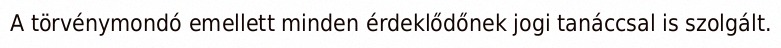
A törvénymondó emellett minden érdeklődőnek jogi tanáccsal is szolgált.